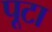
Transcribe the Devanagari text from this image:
पूटा